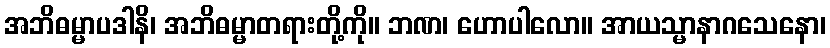
အဘိဓမ္မာပဒါနိ၊ အဘိဓမ္မာတရားတို့ကို။ ဘဏ၊ ဟောပါလော။ အာယသ္မာနာဂသေနော၊